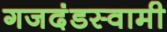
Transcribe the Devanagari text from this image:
गजदंडस्वामी